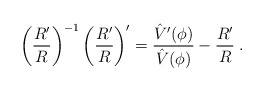
\begin{align*}\left({{R'}\over R} \right) ^{-1} \left( {{R'} \over R} \right)^\prime = {{\hat V'(\phi)} \over {\hat V(\phi)}} - {{R'}\over R} \; .\end{align*}